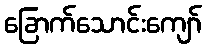
ခြောက်သောင်းကျော်